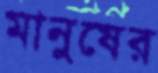
মানুষের